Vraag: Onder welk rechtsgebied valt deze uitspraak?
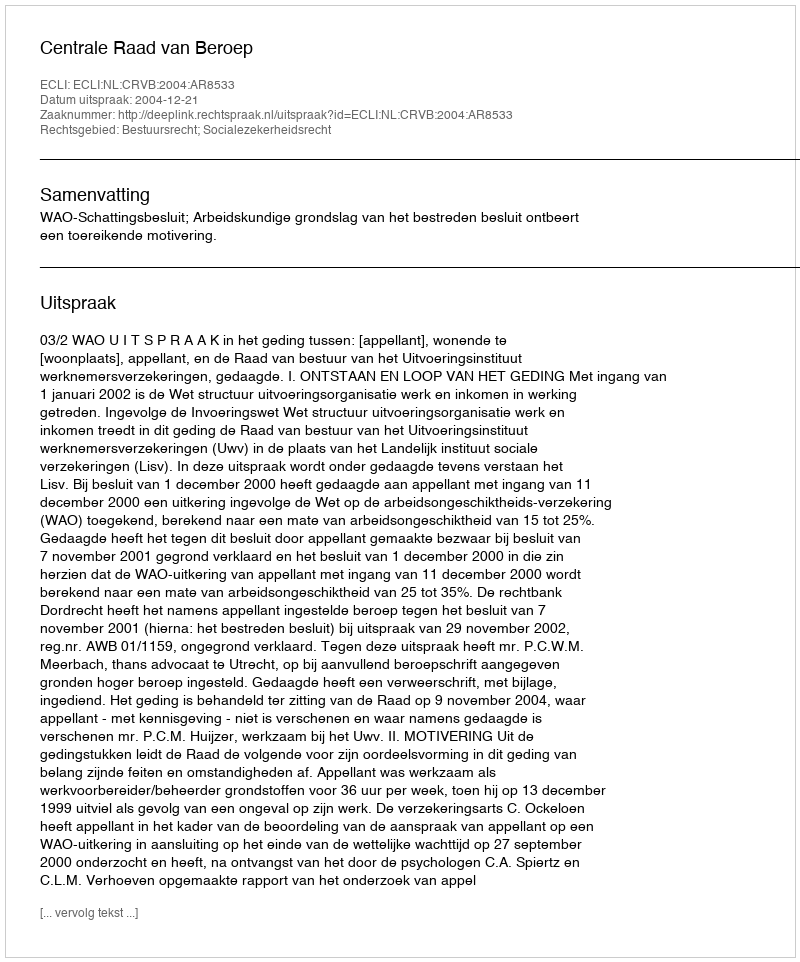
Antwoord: Bestuursrecht; Socialezekerheidsrecht